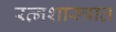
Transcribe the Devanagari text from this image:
रत्नशास्त्रात